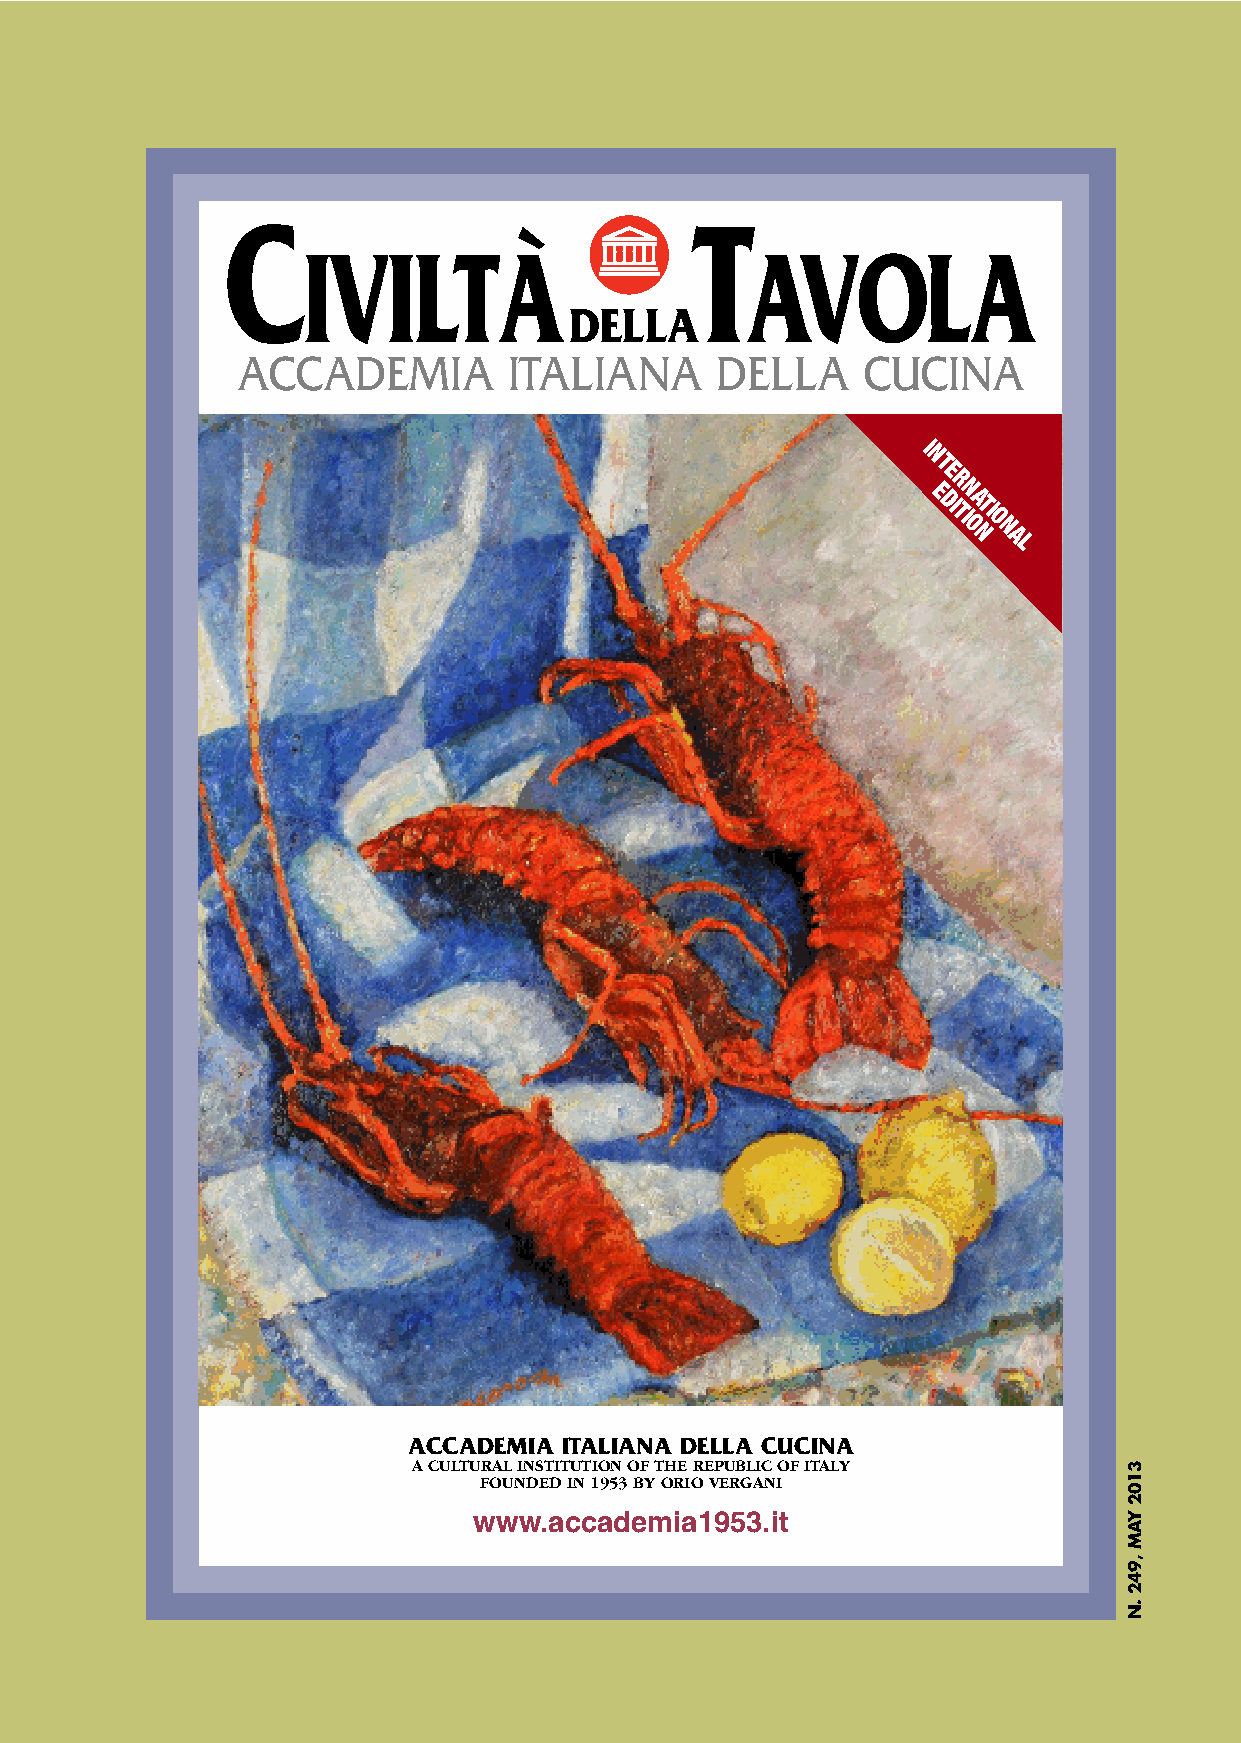
C                              T
 IVILTÀ                       AVOLA
 DELLA
 ACCADEMIA         ITALIANA     DELLA     CUCINA
 I
 N
 T
 E
 R
 EN
 DI TIA TI
 O
 O  N
 N A
 L
 ACCADEMIA ITALIANA DELLA CUCINA
 A CULTURAL INSTITUTION OF THE REPUBLIC OF ITALY
 FOUNDED IN 1953 BY ORIO VERGANI
 www.accademia1953.it
 3102
 YAM
 ,942
 .N